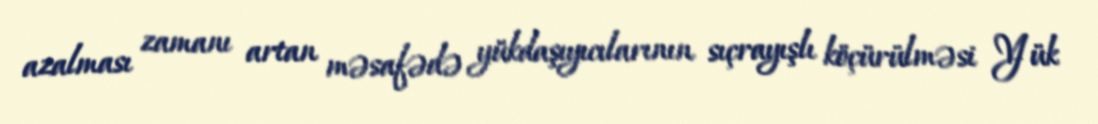
azalması zamanı artan məsafədə yükdaşıyıcılarının sıçrayışlı köçürülməsi Yük